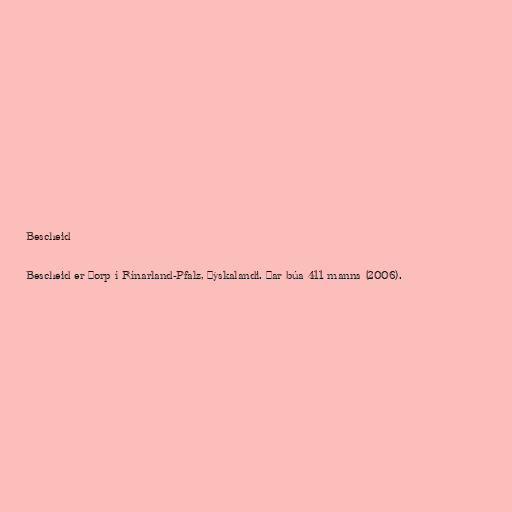
Bescheid

Bescheid er þorp í Rínarland-Pfalz, Þýskalandi. Þar búa 411 manns (2006).